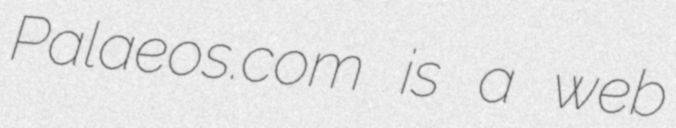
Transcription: Palaeos.com is a web